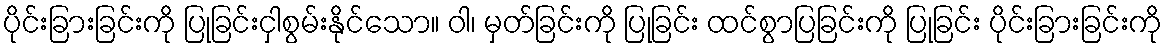
ပိုင်းခြားခြင်းကို ပြုခြင်းငှါစွမ်းနိုင်သော။ ဝါ၊ မှတ်ခြင်းကို ပြုခြင်း ထင်စွာပြခြင်းကို ပြုခြင်း ပိုင်းခြားခြင်းကို